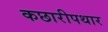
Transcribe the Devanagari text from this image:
कछारीपथार